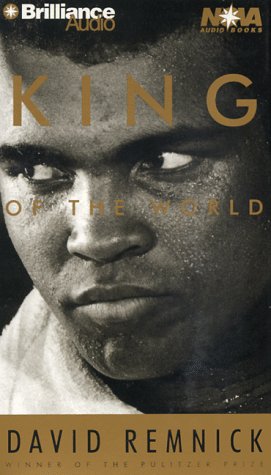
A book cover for King of the World (Nova Audio Books); David Remnick; Sports & Outdoors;